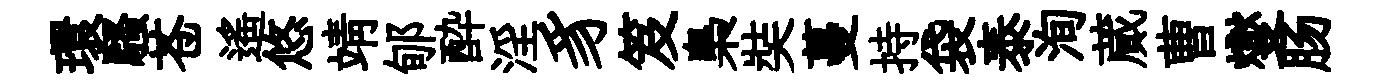
環騷苍遥悠靖郇酔淫豸笈梟奘蔓持袋泰洵蕆曹燮肠